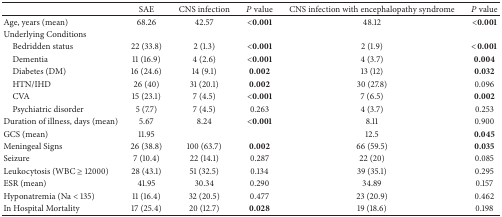
<table><thead><tr><td><b> </b></td><td><b>SAE</b></td><td><b>CNS infection</b></td><td><b><i>P</i> value</b></td><td><b>CNS infection with encephalopathy syndrome</b></td><td><b><i>P</i> value</b></td></tr></thead><tbody><tr><td>Age, years (mean)</td><td>68.26</td><td>42.57</td><td><b>&lt;0.001</b></td><td>48.12</td><td><b>&lt;0.001</b></td></tr><tr><td>Underlying Conditions</td><td> </td><td> </td><td> </td><td> </td><td> </td></tr><tr><td> Bedridden status</td><td>22 (33.8)</td><td>2 (1.3)</td><td><b>&lt;0.001</b></td><td>2 (1.9)</td><td><b>&lt;0.001</b></td></tr><tr><td> Dementia</td><td>11 (16.9)</td><td>4 (2.6)</td><td><b>&lt;0.001</b></td><td>4 (3.7)</td><td><b>0.004</b></td></tr><tr><td> Diabetes (DM)</td><td>16 (24.6)</td><td>14 (9.1)</td><td><b>0.002</b></td><td>13 (12)</td><td><b>0.032</b></td></tr><tr><td> HTN/IHD</td><td>26 (40)</td><td>31 (20.1)</td><td><b>0.002</b></td><td>30 (27.8)</td><td>0.096</td></tr><tr><td> CVA</td><td>15 (23.1)</td><td>7 (4.5)</td><td><b>&lt;0.001</b></td><td>7 (6.5)</td><td><b>0.002</b></td></tr><tr><td> Psychiatric disorder</td><td>5 (7.7)</td><td>7 (4.5)</td><td>0.263</td><td>4 (3.7)</td><td>0.253</td></tr><tr><td>Duration of illness, days (mean)</td><td>5.67</td><td>8.24</td><td><b>&lt;0.001</b></td><td>8.11</td><td>0.900</td></tr><tr><td>GCS (mean)</td><td>11.95</td><td> </td><td> </td><td>12.5</td><td><b>0.045</b></td></tr><tr><td>Meningeal Signs</td><td>26 (38.8)</td><td>100 (63.7)</td><td><b>0.002</b></td><td>66 (59.5)</td><td><b>0.035</b></td></tr><tr><td>Seizure</td><td>7 (10.4)</td><td>22 (14.1)</td><td>0.287</td><td>22 (20)</td><td>0.085</td></tr><tr><td>Leukocytosis (WBC ≥ 12000)</td><td>28 (43.1)</td><td>51 (32.5)</td><td>0.134</td><td>39 (35.1)</td><td>0.295</td></tr><tr><td>ESR (mean)</td><td>41.95</td><td>30.34</td><td>0.290</td><td>34.89</td><td>0.157</td></tr><tr><td>Hyponatremia (Na &lt; 135)</td><td>11 (16.4)</td><td>32 (20.5)</td><td>0.477</td><td>23 (20.9)</td><td>0.462</td></tr><tr><td>In Hospital Mortality</td><td>17 (25.4)</td><td>20 (12.7)</td><td><b>0.028</b></td><td>19 (18.6)</td><td>0.198</td></tr></tbody></table>